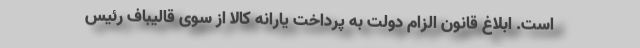
است. ابلاغ قانون الزام دولت به پرداخت یارانه کالا از سوی قالیباف رئیس